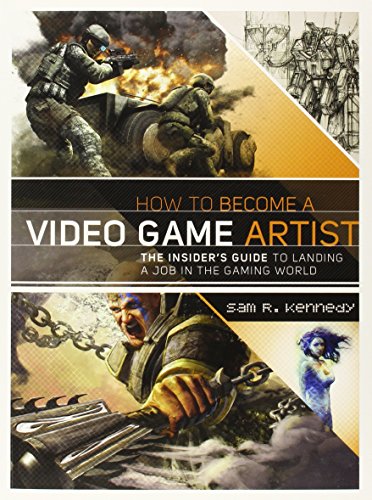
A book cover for How to Become a Video Game Artist: The Insider's Guide to Landing a Job in the Gaming World; Sam R. Kennedy; Arts & Photography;